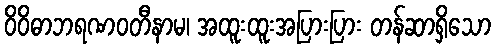
ဝိဝိဓာဘရဏဝတီနာမ၊ အထူးထူးအပြားပြား တန်ဆာရှိသော